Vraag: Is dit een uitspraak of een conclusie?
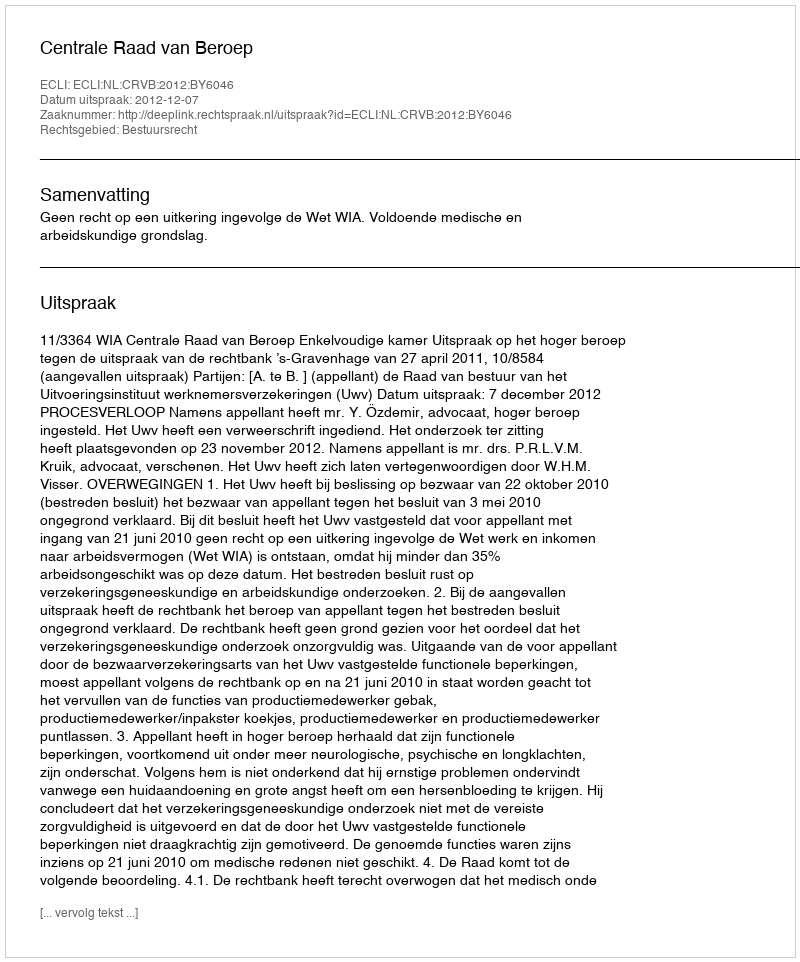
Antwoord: Uitspraak